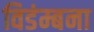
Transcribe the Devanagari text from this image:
विडंम्बना